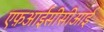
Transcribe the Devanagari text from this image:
एफ़आईसीसीआई